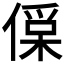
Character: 𠍂